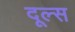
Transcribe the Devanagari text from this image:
दूल्स